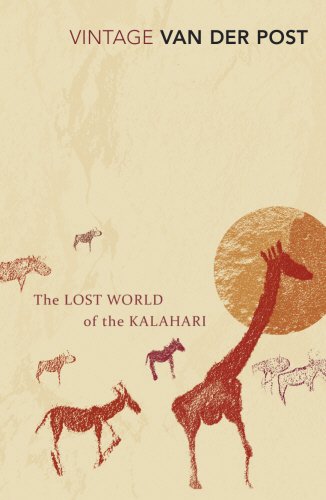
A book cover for Lost World of the Kalahari; Laurens Van De Post; Travel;